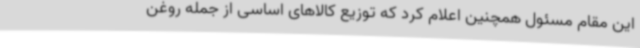
این مقام مسئول همچنین اعلام کرد که توزیع کالاهای اساسی از جمله روغن